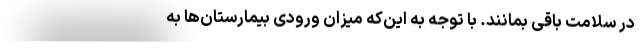
در سلامت باقی بمانند. با توجه به این‌که میزان ورودی بیمارستان‌ها به